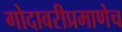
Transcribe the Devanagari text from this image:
गोदावरीप्रमाणेच